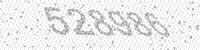
Solution: 528986